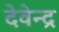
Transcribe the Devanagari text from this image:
देवेेन्द्र